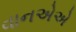
વાનએએ